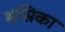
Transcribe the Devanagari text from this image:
भस्रिका